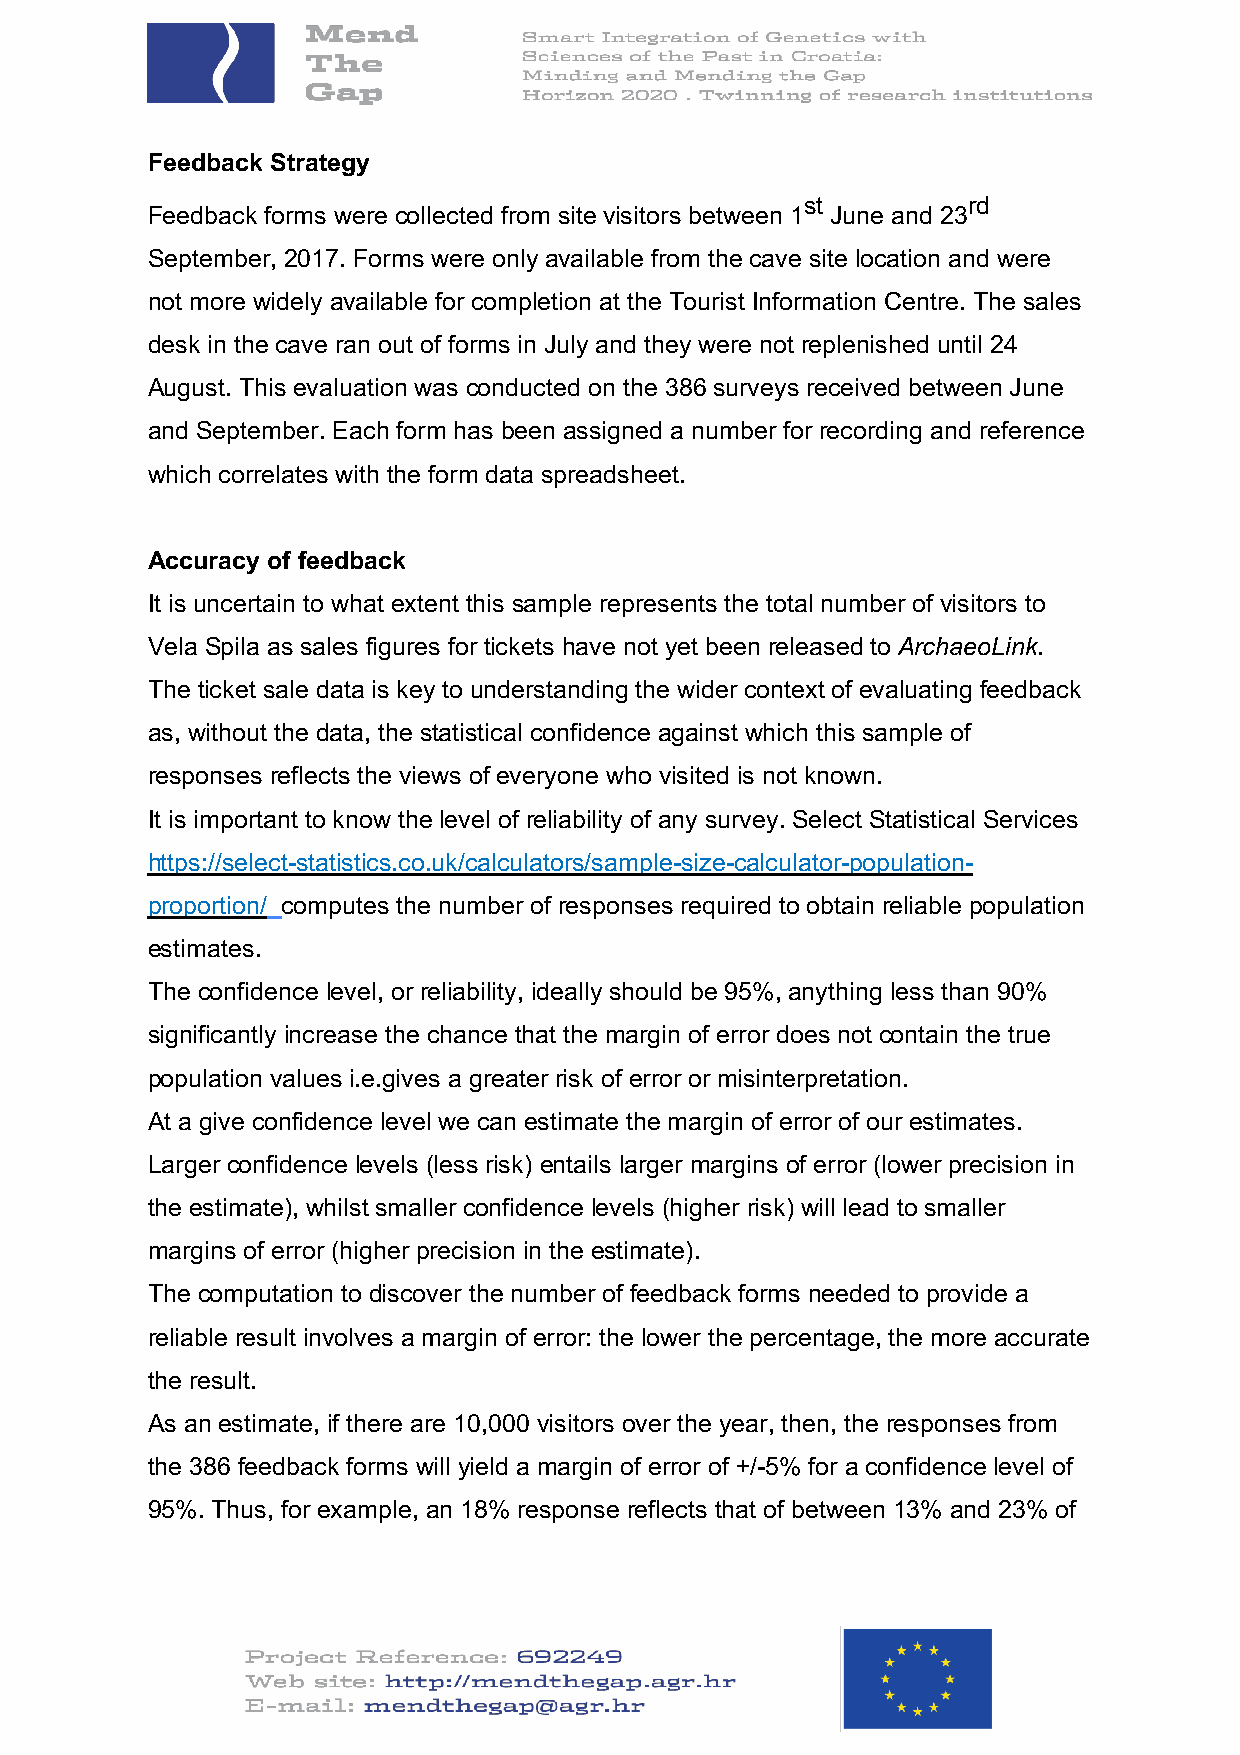
Feedback Strategy
 st         rd
 Feedback forms were collected from site visitors between 1 June and 23
 September, 2017. Forms were only available from the cave site location and were
 not more widely available for completion at the Tourist Information Centre. The sales
 desk in the cave ran out of forms in July and they were not replenished until 24
 August. This evaluation was conducted on the 386 surveys received between June
 and September. Each form has been assigned a number for recording and reference
 which correlates with the form data spreadsheet.
 Accuracy of feedback
 It is uncertain to what extent this sample represents the total number of visitors to
 Vela Spila as sales figures for tickets have not yet been released to ArchaeoLink.
 The ticket sale data is key to understanding the wider context of evaluating feedback
 as, without the data, the statistical confidence against which this sample of
 responses reflects the views of everyone who visited is not known.
 It is important to know the level of reliability of any survey. Select Statistical Services
 https://select-statistics.co.uk/calculators/sample-size-calculator-population-
 proportion/ computes the number of responses required to obtain reliable population
 estimates.
 The confidence level, or reliability, ideally should be 95%, anything less than 90%
 significantly increase the chance that the margin of error does not contain the true
 population values i.e.gives a greater risk of error or misinterpretation.
 At a give confidence level we can estimate the margin of error of our estimates.
 Larger confidence levels (less risk) entails larger margins of error (lower precision in
 the estimate), whilst smaller confidence levels (higher risk) will lead to smaller
 margins of error (higher precision in the estimate).
 The computation to discover the number of feedback forms needed to provide a
 reliable result involves a margin of error: the lower the percentage, the more accurate
 the result.
 As an estimate, if there are 10,000 visitors over the year, then, the responses from
 the 386 feedback forms will yield a margin of error of +/-5% for a confidence level of
 95%. Thus, for example, an 18% response reflects that of between 13% and 23% of